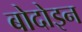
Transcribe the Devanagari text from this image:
बोदोइन